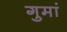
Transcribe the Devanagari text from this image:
गुमां